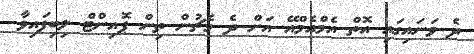
ދެ ވަނައިގައި އޮތް އެމްއެމްއޭ އަށް ދެ މެޗުން ތިން ޕޮއިންޓް ލިބިފައިވާ